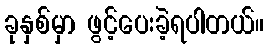
ခုနှစ်မှာ ဖွင့်ပေးခဲ့ရပါတယ်။